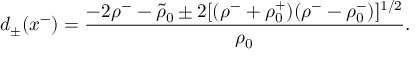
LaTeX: d _ { \pm } ( x ^ { - } ) = { \frac { - 2 \rho ^ { - } - \tilde { \rho } _ { 0 } \pm 2 [ ( \rho ^ { - } + \rho _ { 0 } ^ { + } ) ( \rho ^ { - } - \rho _ { 0 } ^ { - } ) ] ^ { 1 / 2 } } { \rho _ { 0 } } } .